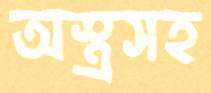
অস্ত্রসহ